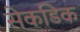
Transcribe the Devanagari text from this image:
सेकडिक